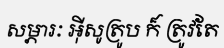
សម្ភារៈ អ៊ីសូត្រូប ក៏ ត្រូវតែ